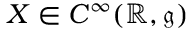
X \in C ^ { \infty } ( \mathbb { R } , { \mathfrak { g } } )